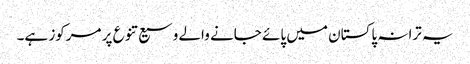
یہ ترانہ پاکستان میں پائے جانے والے وسیع تنوع پر مرکوز ہے۔